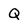
Character: Q